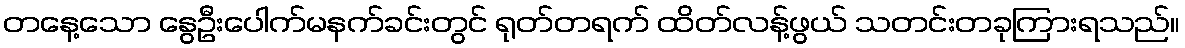
တနေ့သော နွေဦးပေါက်မနက်ခင်းတွင် ရုတ်တရက် ထိတ်လန့်ဖွယ် သတင်းတခုကြားရသည်။